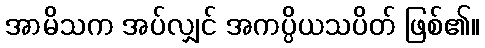
အာမိသက အပ်လျှင် အကပ္ပိယသပိတ် ဖြစ်၏။